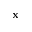
\mathbf { x }